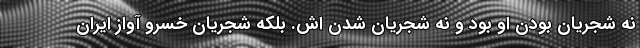
نه شجریان بودن او بود و نه شجریان شدن اش. بلکه شجریان خسرو آواز ایران